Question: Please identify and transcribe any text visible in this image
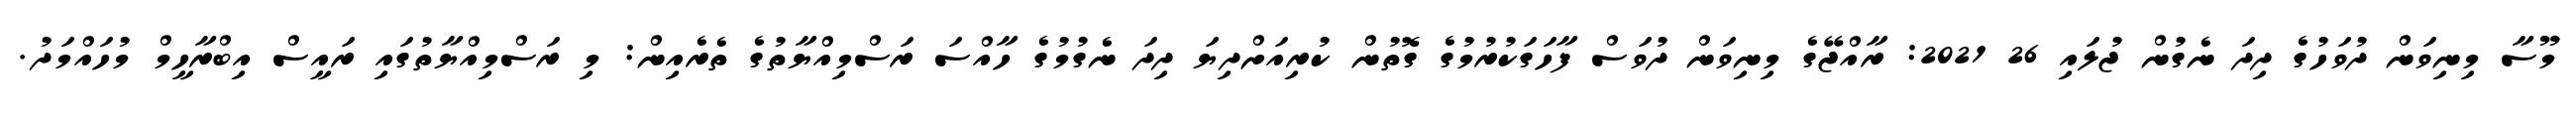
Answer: މޫސާ މިނިވަން ދުވަހުގެ ދިދަ ނެގުން ޖުލައި 26 2021: ރާއްޖޭގެ މިނިވަން ދުވަސް ފާހަގަކުރުމުގެ ގޮތުން ކުރިއަށްދިޔަ ދިދަ ނެގުމުގެ ހާއްސަ ރަސްމިއްޔާތުގެ ތެރެއިން: މި ރަސްމިއްޔާތުގައި ރައީސް އިބްރާހީމް މުހައްމަދު.